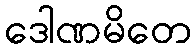
ဒေါဏမိတေ